Annual report of the Imperial Bacteriological Laboratory, Muktesar
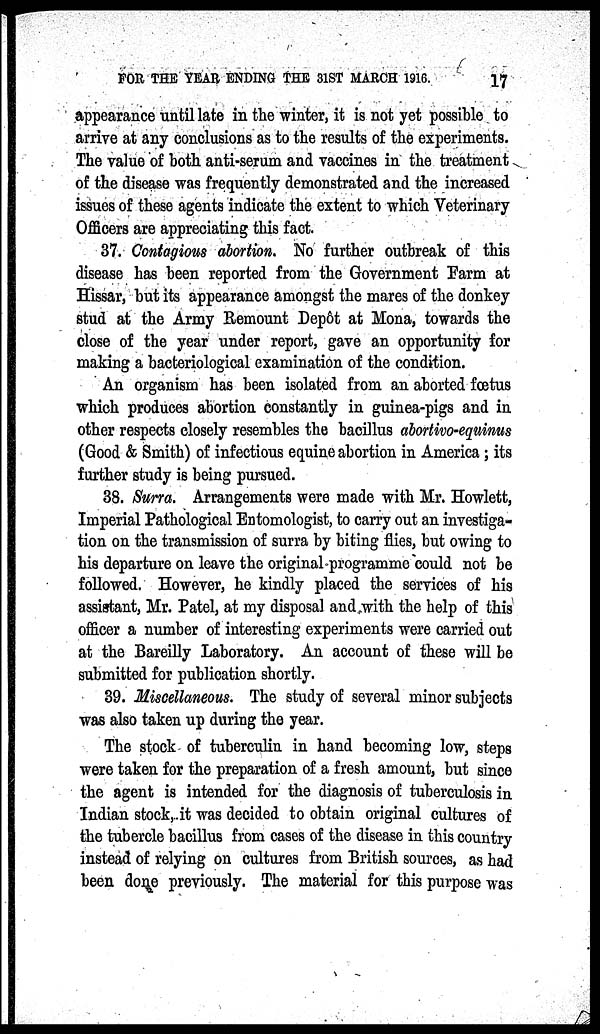
FOR THE YEAR ENDING THE 31ST MARCH 1916.
17
appearance until late in the winter, it is not yet possible to
arrive at any conclusions as to the results of the experiments.
The value of both anti-serum and vaccines in the treatment
of the disease was frequently demonstrated and the increased
issues of these agents indicate the extent to which Veterinary
Officers are appreciating this fact.
37. Contagious abortion. No further outbreak of this
disease has been reported from the Government Farm at
Hissar, but its appearance amongst the mares of the donkey
stud at the Army Remount Depôt at Mona, towards the
close of the year under report, gave an opportunity for
making a bacteriological examination of the condition.
An organism has been isolated from an aborted fœtus
which produces abortion constantly in guinea-pigs and in
other respects closely resembles the bacillus abortivo-equinus
(Good & Smith) of infectious equine abortion in America; its
further study is being pursued.
38. Surra. Arrangements were made with Mr. Howlett,
Imperial Pathological Entomologist, to carry out an investiga-
tion on the transmission of surra by biting flies, but owing to
his departure on leave the original programme could not be
followed. However, he kindly placed the services of his
assistant, Mr. Patel, at my disposal and with the help of this
officer a number of interesting experiments were carried out
at the Bareilly Laboratory. An account of these will be
submitted for publication shortly.
39. Miscellaneous. The study of several minor subjects
was also taken up during the year.
The stock of tuberculin in hand becoming low, steps
were taken for the preparation of a fresh amount, but since
the agent is intended for the diagnosis of tuberculosis in
Indian stock, it was decided to obtain original cultures of
the tubercle bacillus from cases of the disease in this country
instead of relying on cultures from British sources, as had
been done previously. The material for this purpose was